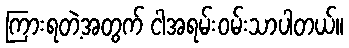
ကြားရတဲ့အတွက် ငါအရမ်းဝမ်းသာပါတယ်။